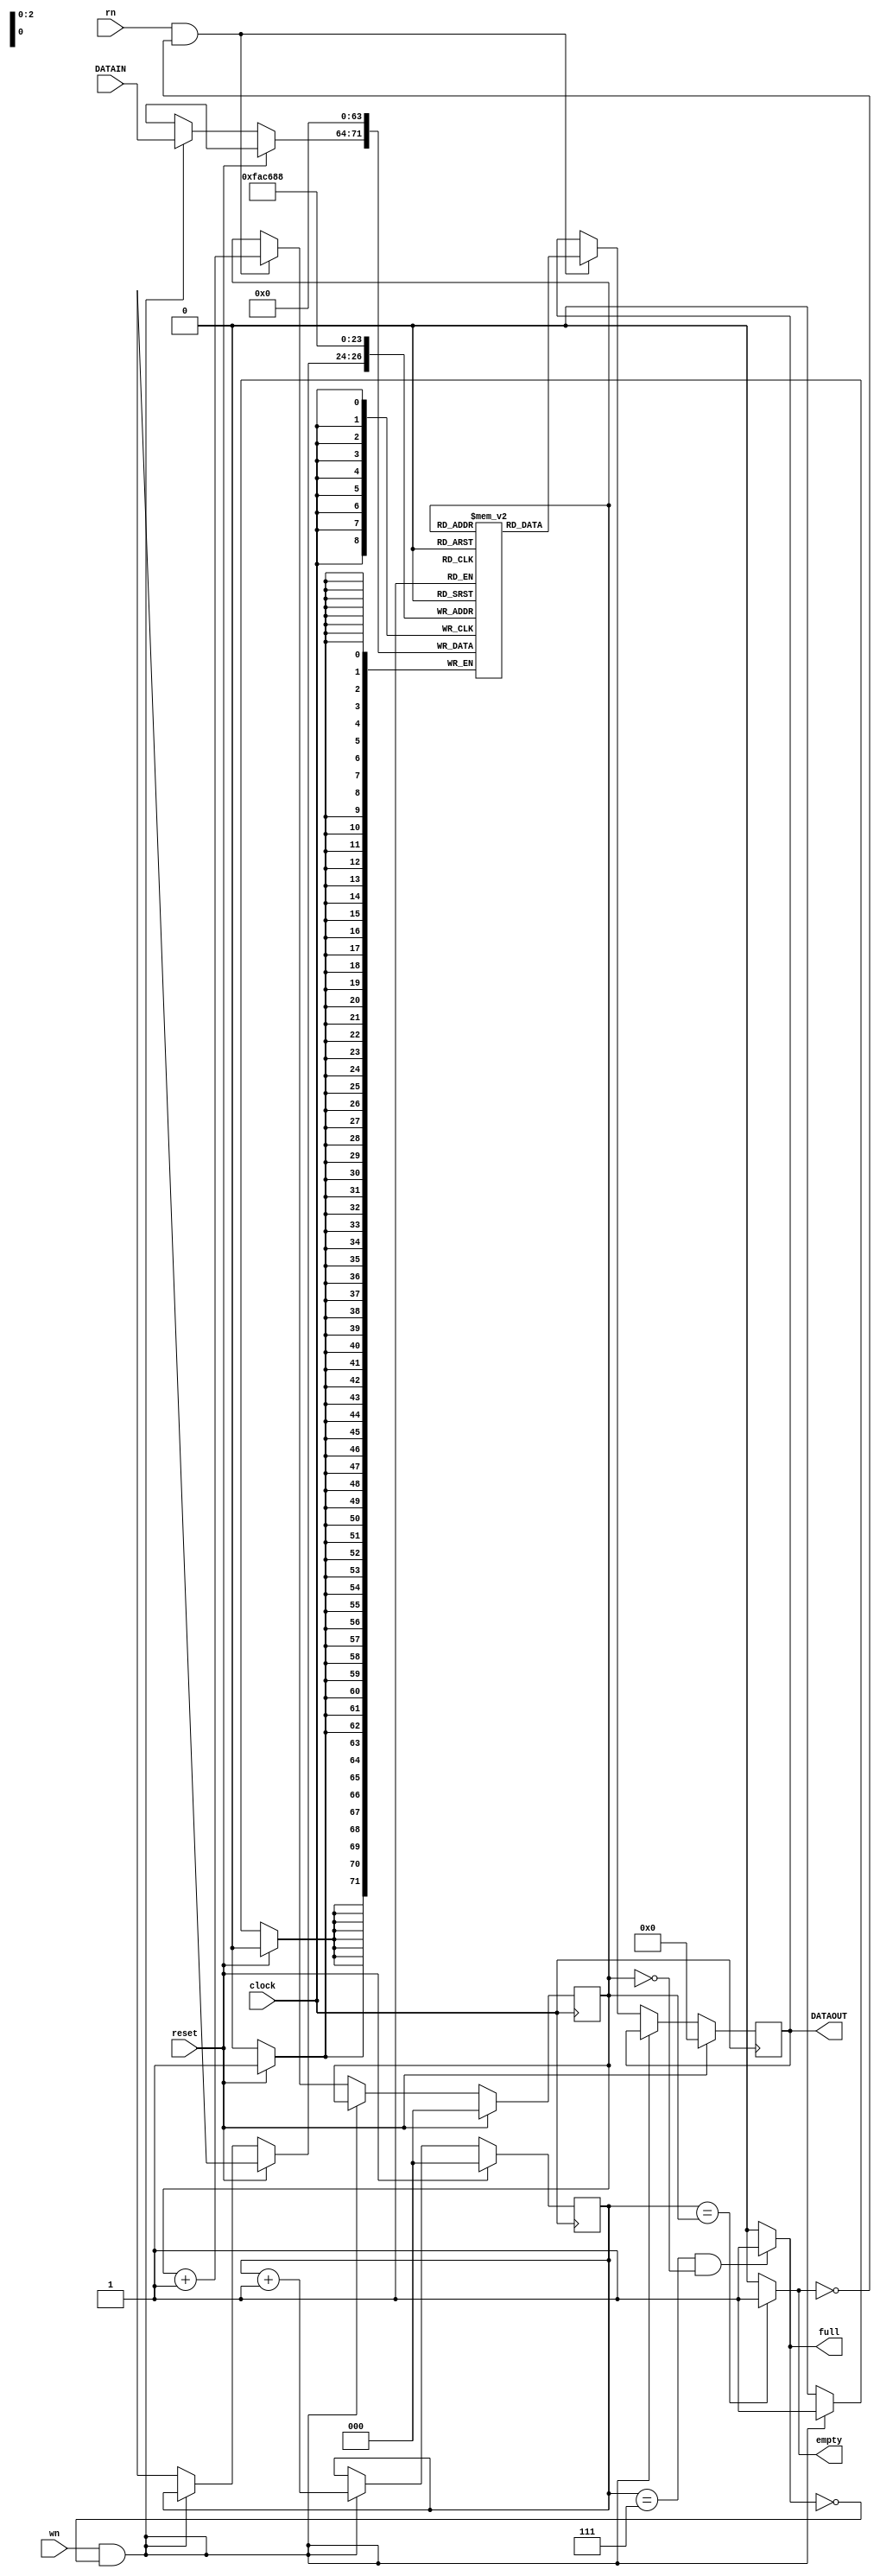
module fifo(DATAOUT, full, empty, clock, reset, wn, rn, DATAIN);
  output reg [7:0] DATAOUT;
  output full, empty;
  input [7:0] DATAIN;
  input clock, reset, wn, rn; 
  
  reg [2:0] wptr, rptr; 
  reg [7:0] memory [7:0]; 
  
  assign full = ( (wptr == 3'b111) & (rptr == 3'b000) ? 1 : 0 );
  assign empty = (wptr == rptr) ? 1 : 0;
  
  always @(posedge clock)
  begin
    if (reset)
      begin
        memory[0] <= 0; memory[1] <= 0; memory[2] <= 0; memory[3] <= 0;
        memory[4] <= 0; memory[5] <= 0; memory[6] <= 0; memory[7] <= 0;
        DATAOUT <= 0; wptr <= 0; rptr <= 0;
      end
    else if (wn & !full)
      begin
        memory[wptr] <= DATAIN;
        wptr <= wptr + 1;
      end
    else if (rn & !empty)
      begin
        DATAOUT <= memory[rptr];
        rptr <= rptr + 1;
      end
  end
endmodule